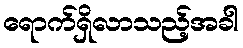
ရောက်ရှိလာသည့်အခါ